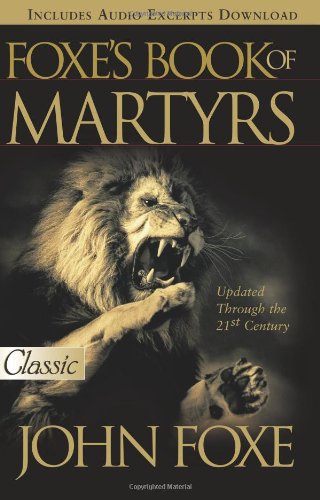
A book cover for Foxe's Book of Martyrs (Pure Gold Classics); John Foxe; Christian Books & Bibles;